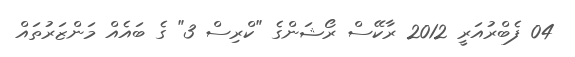
04 ފެބްރުއަރީ 2012 ރާކޭސް ރޯޝަންގެ "ކްރިސް 3" ގެ ބައެއް މަންޒަރުތައް